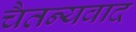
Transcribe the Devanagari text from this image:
चैतन्यवाद